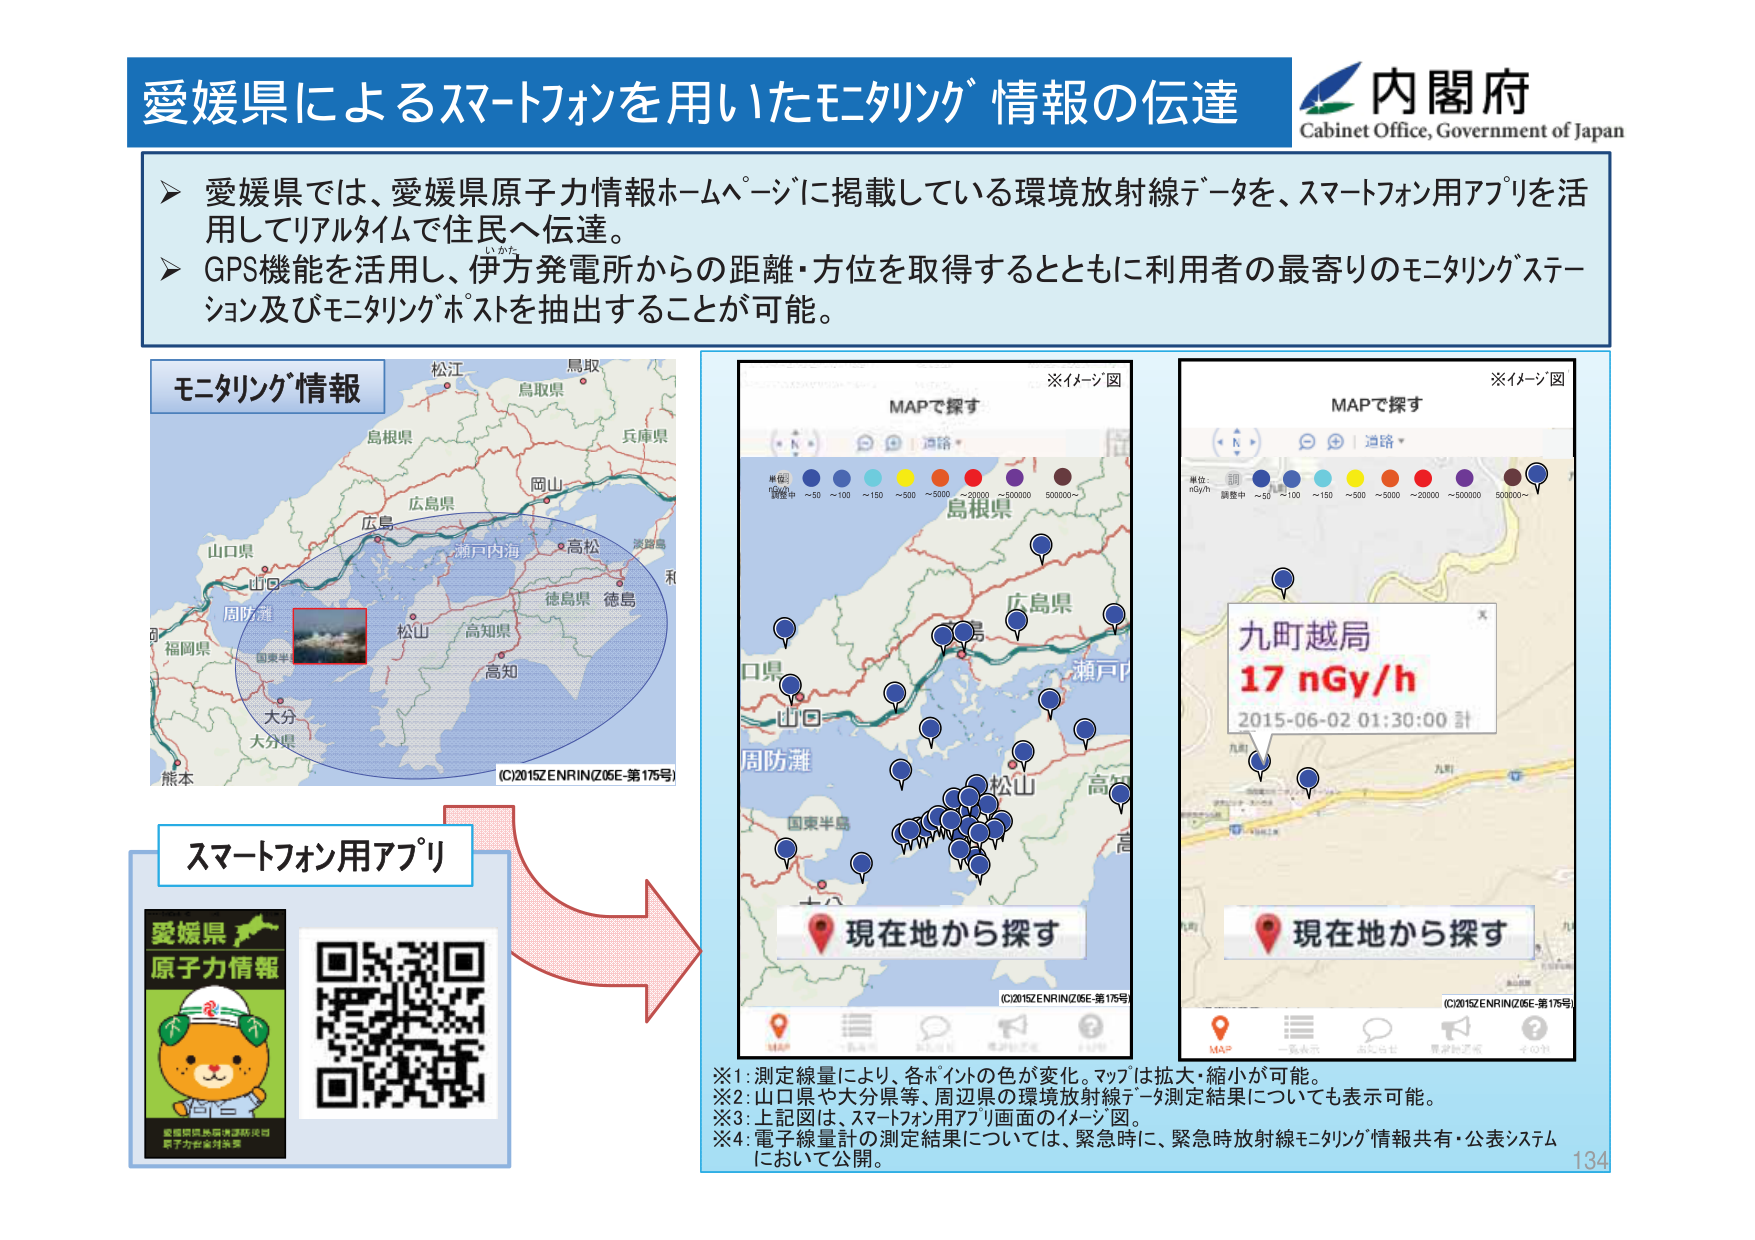
愛媛県によるスマートフォンを用いたモニタリング情報の伝達
内閣府
Cabinet Office, Government of Japan
愛媛県では、愛媛県原子力情報ホームページに掲載している環境放射線データを、スマートフォン用アプリを活用してリアルタイムで住民へ伝達。
GPS機能を活用し、伊方発電所からの距離・方位を取得するとともに利用者の最寄りのモニタリングステーション及びモニタリングポストを抽出することが可能。
モニタリング情報
松江
鳥取
鳥取県
兵庫県
岡山
広島県
広島
瀬戸内海
高松
淡路島
徳島県 徳島
山口県
山口
周防灘
福岡県
国東半島
松山
高知県
高知
大分
大分県
熊本
(C)2015ZENRIN(Z06E-第175号)
スマートフォン用アプリ
愛媛県
原子力情報
愛媛県県民情報防災局
原子力安全対策課
※イメージ図
MAPで探す
単位：
nGy/h
調査中
～50
～100
～150
～500
～5000
～20000
～500000
500000～
島根県
広島県
瀬戸内
山口
周防灘
国東半島
松山
高
現在地から探す
(C)2015ZENRIN(Z06E-第175号)
※イメージ図
MAPで探す
単位：
nGy/h
調査中
～50
～100
～150
～500
～5000
～20000
～500000
500000～
九町越局
17 nGy/h
2015-06-02 01:30:00 計
現在地から探す
(C)2015ZENRIN(Z06E-第175号)
※1：測定線量により、各ポイントの色が変化。マップは拡大・縮小が可能。
※2：山口県や大分県等、周辺県の環境放射線データ測定結果についても表示可能。
※3：上記図は、スマートフォン用アプリ画面のイメージ図。
※4：電子線量計の測定結果については、緊急時に、緊急時放射線モニタリング情報共有・公表システムにおいて公開。
134